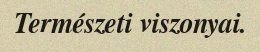
Természeti viszonyai.